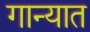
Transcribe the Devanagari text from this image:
गान्यात